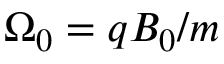
\Omega _ { 0 } = q B _ { 0 } / m